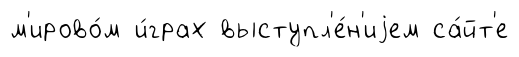
м'ирово́м и́грах выступл'е́н'иjем са́йт'е